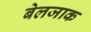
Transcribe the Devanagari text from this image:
बेलजाक